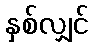
နှစ်လျှင်